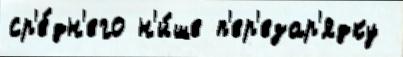
ср'е́дн'его н'и́ше п'ер'езар'ядку